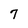
Character: 7